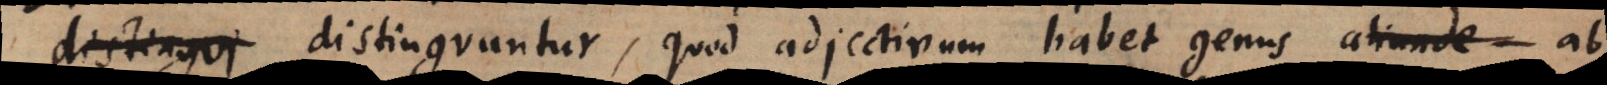
distingui distinguuntur, quod adjectivum habet genus aliunde ab